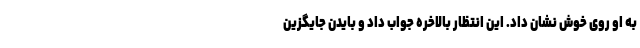
به او روی خوش نشان داد. این انتظار بالاخره جواب داد و بایدن جایگزین